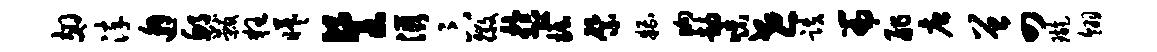
翅淬邂邱黻狂曦餐滋卞徽盂掘綮糟晌劫味世跌篇舴唐曾四璇翎